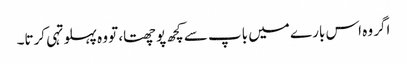
اگر وہ اس بارے میں باپ سے کچھ پوچھتا، تو وہ پہلو تہی کرتا۔